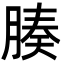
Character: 腠